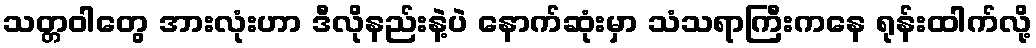
သတ္တဝါတွေ အားလုံးဟာ ဒီလိုနည်းနဲ့ပဲ နောက်ဆုံးမှာ သံသရာကြီးကနေ ရုန်းထါက်လို့